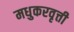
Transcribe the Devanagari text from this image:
मधुकरवृत्ती